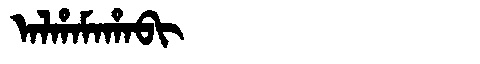
Manchu: ᠠᠯᡥᠠᠮᠠᡥᠠᠪᡳ
Romanization: ALHAMAHABI